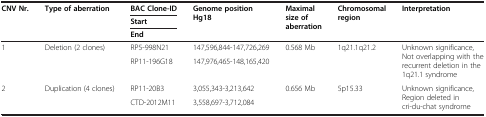
| <ROWSPAN=3> CNV Nr. | <ROWSPAN=3> Type of aberration | BAC Clone-ID | <ROWSPAN=3> Genome position Hg18 | <ROWSPAN=3> Maximal size of aberration | <ROWSPAN=3> Chromosomal region | <ROWSPAN=3> Interpretation |
 | Start |
 | End |
 | --- | --- | --- | --- | --- | --- | --- |
 | <ROWSPAN=2> 1 | <ROWSPAN=2> Deletion (2 clones) | RP5-998N21 | 147,596,844-147,726,269 | <ROWSPAN=2> 0.568 Mb | <ROWSPAN=2> 1q21.1q21.2 | <ROWSPAN=2> Unknown significance, Not overlapping with the recurrent deletion in the 1q21.1 syndrome |
 | RP11-196G18 | 147,976,465-148,165,420 |
 | <ROWSPAN=2> 2 | <ROWSPAN=2> Duplication (4 clones) | RP11-20B3 | 3,055,343-3,213,642 | <ROWSPAN=2> 0.656 Mb | <ROWSPAN=2> 5p15.33 | <ROWSPAN=2> Unknown significance, Region deleted in cri-du-chat syndrome |
 | CTD-2012M11 | 3,558,697-3,712,084 |